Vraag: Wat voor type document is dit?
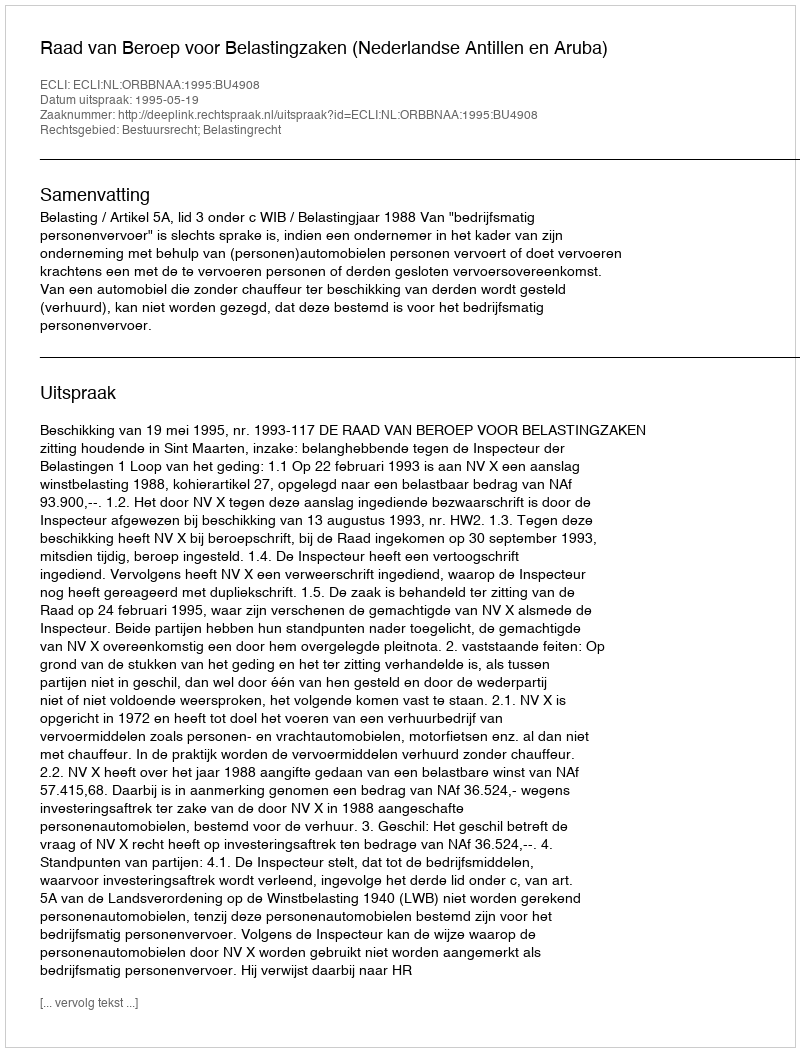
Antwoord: Uitspraak